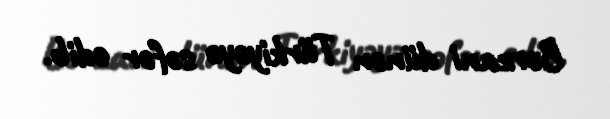
Bərzani dünən Türkiyəyə səfər edib.